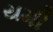
યમી